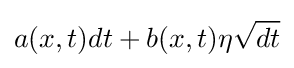
a(x,t)dt+b(x,t)\eta {\sqrt {dt}}